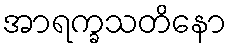
အာရက္ခသတိနော